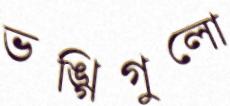
ভঙ্গিগুলো